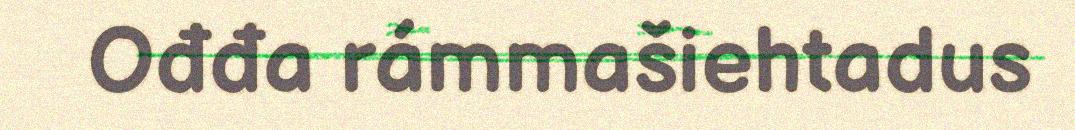
Ođđa rámmašiehtadus